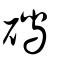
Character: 磶